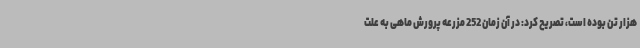
هزار تن بوده است، تصریح کرد: در آن زمان 252 مزرعه پرورش ماهی به علت